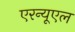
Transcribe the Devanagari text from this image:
एरन्‍यूएल